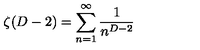
\zeta ( D - 2 ) = \sum _ { n = 1 } ^ { \infty } \frac { 1 } { n ^ { D - 2 } }